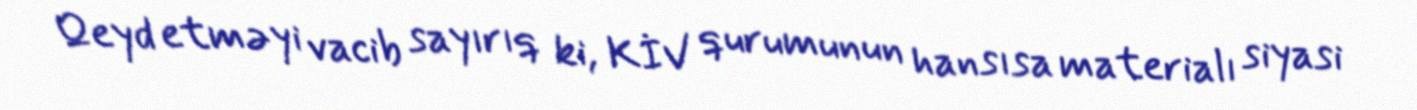
Qeyd etməyi vacib sayırıq ki, KİV qurumunun hansısa materialı siyasi